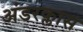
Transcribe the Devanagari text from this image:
अंडरक्लास